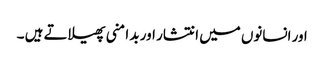
اور انسانوں میں انتشار اور بد امنی پھیلاتے ہیں ۔